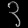
Digit: ၃